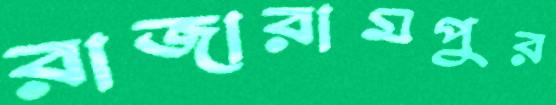
রাজারামপুর